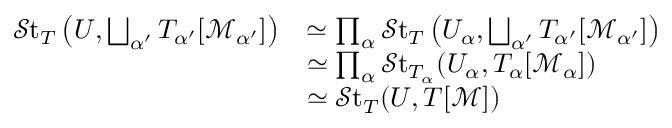
\begin{array} { r l } { \mathscr { S } \mathrm { t } _ { T } \left( U , \bigsqcup _ { \alpha ^ { \prime } } T _ { \alpha ^ { \prime } } [ \mathcal { M } _ { \alpha ^ { \prime } } ] \right) } & { \simeq \prod _ { \alpha } \mathscr { S } \mathrm { t } _ { T } \left( U _ { \alpha } , \bigsqcup _ { \alpha ^ { \prime } } T _ { \alpha ^ { \prime } } [ \mathcal { M } _ { \alpha ^ { \prime } } ] \right) } \\ & { \simeq \prod _ { \alpha } \mathscr { S } \mathrm { t } _ { T _ { \alpha } } ( U _ { \alpha } , T _ { \alpha } [ \mathcal { M } _ { \alpha } ] ) } \\ & { \simeq \mathscr { S } \mathrm { t } _ { T } ( U , T [ \mathcal { M } ] ) } \end{array}